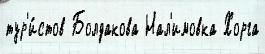
тур'и́стов Болдакова Нал'имовка Хорга